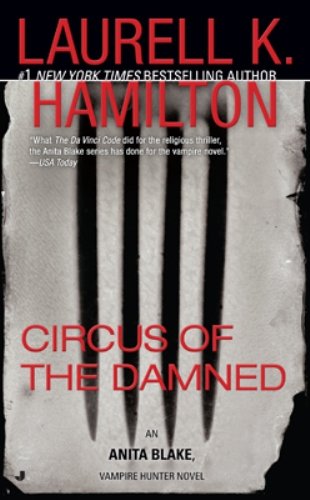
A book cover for Circus of the Damned (Anita Blake, Vampire Hunter, Book 3); Laurell K. Hamilton; Romance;